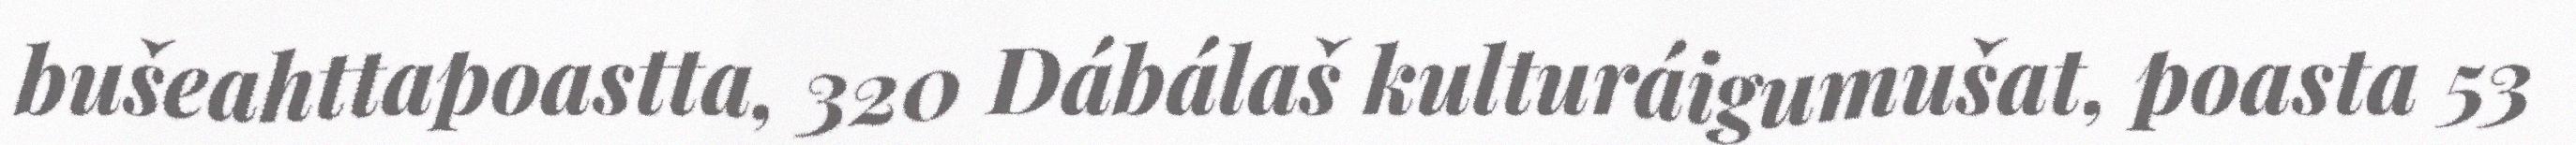
bušeahttapoastta, 320 Dábálaš kulturáigumušat, poasta 53